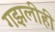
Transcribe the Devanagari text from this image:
गझलीही